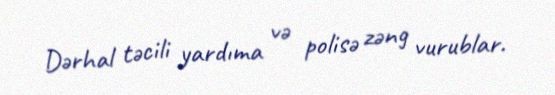
Dərhal təcili yardıma və polisə zəng vurublar.